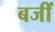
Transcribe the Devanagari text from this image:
बजीं